Report on lock hospitals in British Burma
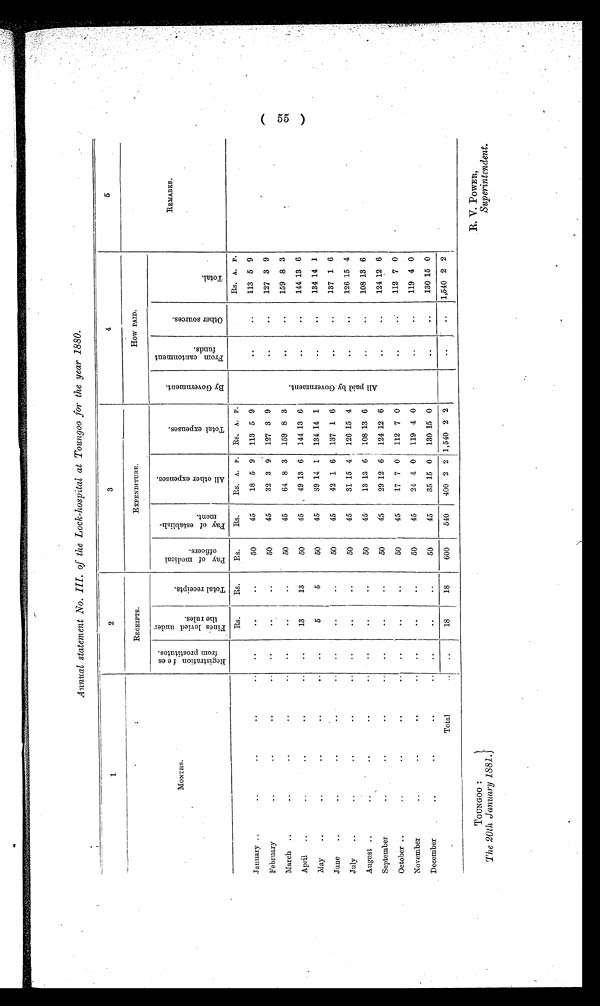
TOUNGOO :
The 20th January 1881.}
R. V. POWER,
Superintendent.
Annual statement No. III. of the Lock-hospital at Toungoo for the year 1880.
1
2
3
4
5
MONTHS.
RECEIPTS
.
EXPENDITURE.
How PAID.
REMARKS.
R e g i s t r a t i o n f e e s f r o m p r o s t i t u t e s .
F i n e s l e v i e d u n d e r t h e r u l e s .
T o t a l r e c e i p t s .
P a y o f m e d i c a l o f f i c e r s .
P a y o f e s t a b l i s h m e n t .
A l l o t h e r e x p e n s e s .
T o t a l e x p e n s e s .
B y G o v e r n m e n t .
F r o m c a n t o n m e n t f u n d s .
O t h e r s o u r c e s .
T o t a l .
Rs.
R s .
Rs.
Rs.
Rs. A. P. Rs. A. P.
A l l p a i d b y G o v e r n m e n t .
Rs. A. P.
January ..
. .
. .
..
..
. .
..
..
50
45
18 5 9 113 5 9
.. ..
113 5 9
February ..
..
..
..
..
. . ..
..
50
45
32 3 9 127 3 9
. .
. .
127 3 9
March ..
..
. .
. .
..
. .
. .
. .
50
45
94 8 3 159 8 3
. . ..
159 8 3
April ..
..
..
..
..
. .
13
13
50
45
49 13 6 144 13 6
. .
..
144 13 6
May
..
..
..
..
..
. .
5
5
50
45
39 14 1 134 14 1
..
..
134 14 1
June
..
..
. .
. .
..
..
..
..
50
45
42 1 6 137 1 6
. .
. .
137 1 6
July
..
. .
..
..
..
. .
..
..
50
45
31 15 4 126 15 4
. .
..
126 15 4
August ..
..
..
..
..
. .
..
..
50
45
13 13 6 108 13 6
. .
. .
108 13 6
September
..
..
..
..
..
..
. .
50
45
29 12 6 124 12 6
. .
. .
124 12 6
October ..
..
..
..
..
..
..
..
50
45
17 7 0 112 7 0
..
112 7 0
November ..
..
. .
. .
..
. .
. .
. .
50
45
24 4 0 119 4 0
..
. .
119 4 0
December ..
..
. .
. .
..
. . ..
..
50
45
35 15 0 130 15 0
..
..
130 15 0
Total ..
..
18
18
600
540
400 2 2 1,540 2 2
..
..
1,540 2 2
( 55 )